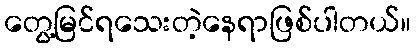
တွေ့မြင်ရသေးတဲ့နေရာဖြစ်ပါတယ်။